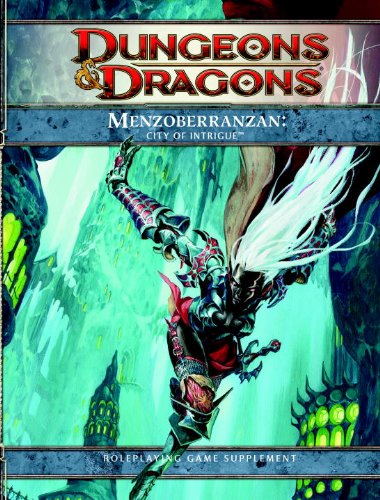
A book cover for Menzoberranzan: City of Intrigue (Dungeons & Dragons Supplement); Brian R. James; Science Fiction & Fantasy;